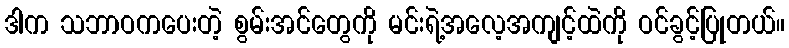
ဒါက သဘာဝကပေးတဲ့ စွမ်းအင်တွေကို မင်းရဲ့အလေ့အကျင့်ထဲကို ဝင်ခွင့်ပြုတယ်။